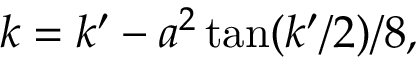
\begin{array} { r } { k = k ^ { \prime } - a ^ { 2 } \tan ( k ^ { \prime } / 2 ) / 8 , } \end{array}